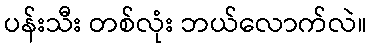
ပန်းသီး တစ်လုံး ဘယ်လောက်လဲ။